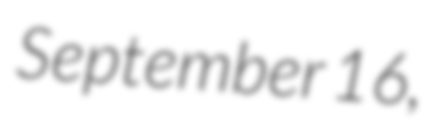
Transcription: September 16,